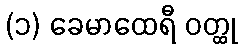
(၁) ခေမာထေရီ ဝတ္ထု